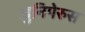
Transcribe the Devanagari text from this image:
जुनिपेरुस